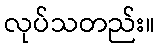
လုပ်သတည်း။